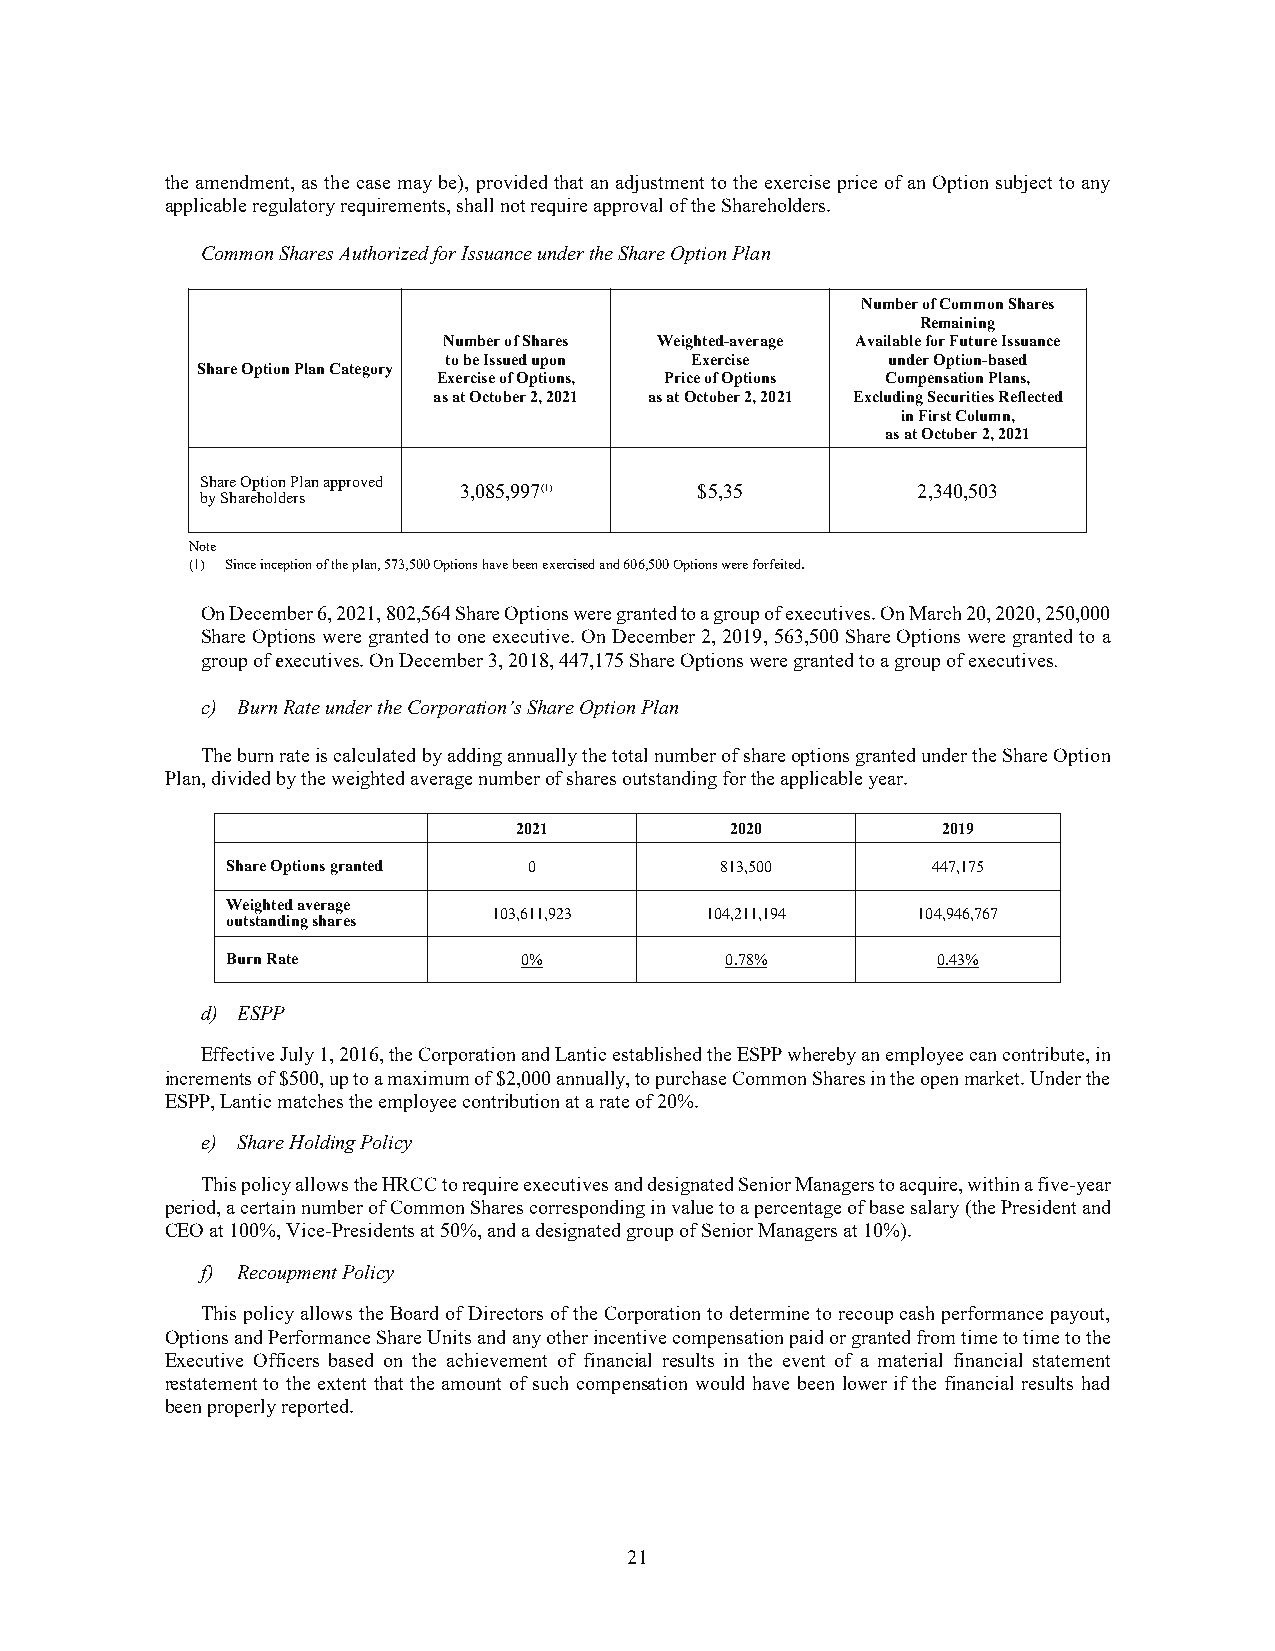
the amendment, as the case may be), provided that an adjustment to the exercise price of an Option subject to any
 applicable regulatory requirements, shall not require approval of the Shareholders.
 Common Shares Authorized for Issuance under the Share Option Plan
 Number of Common Shares
 Remaining
 Number of Shares Weighted-average Available for Future Issuance
 to be Issued upon Exercise    under Option-based
 Share Option Plan Category
 Exercise of Options, Price of Options Compensation Plans,
 as at October 2, 2021 as at October 2, 2021 Excluding Securities Reflected
 in First Column,
 as at October 2, 2021
 Share Option Plan approved
 3,085,997(1)    $5,35          2,340,503
 by Shareholders
 Note
 (1) Since inception of the plan, 573,500 Options have been exercised and 606,500 Options were forfeited.
 On December 6, 2021, 802,564 Share Options were granted to a group of executives. On March 20, 2020, 250,000
 Share Options were granted to one executive. On December 2, 2019, 563,500 Share Options were granted to a
 group of executives. On December 3, 2018, 447,175 Share Options were granted to a group of executives.
 c) Burn Rate under the Corporation’s Share Option Plan
 The burn rate is calculated by adding annually the total number of share options granted under the Share Option
 Plan, divided by the weighted average number of shares outstanding for the applicable year.
 2021          2020          2019
 Share Options granted 0          813,500       447,175
 Weighted average
 103,611,923   104,211,194   104,946,767
 outstanding shares
 Burn Rate           0%           0.78%         0.43%
 d) ESPP
 Effective July 1, 2016, the Corporation and Lantic established the ESPP whereby an employee can contribute, in
 increments of $500, up to a maximum of $2,000 annually, to purchase Common Shares in the open market. Under the
 ESPP, Lantic matches the employee contribution at a rate of 20%.
 e) Share Holding Policy
 This policy allows the HRCC to require executives and designated Senior Managers to acquire, within a five-year
 period, a certain number of Common Shares corresponding in value to a percentage of base salary (the President and
 CEO at 100%, Vice-Presidents at 50%, and a designated group of Senior Managers at 10%).
 f) Recoupment Policy
 This policy allows the Board of Directors of the Corporation to determine to recoup cash performance payout,
 Options and Performance Share Units and any other incentive compensation paid or granted from time to time to the
 Executive Officers based on the achievement of financial results in the event of a material financial statement
 restatement to the extent that the amount of such compensation would have been lower if the financial results had
 been properly reported.
 21